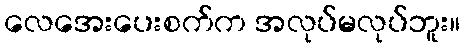
လေအေးပေးစက်က အလုပ်မလုပ်ဘူး။